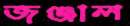
জঞ্জাল